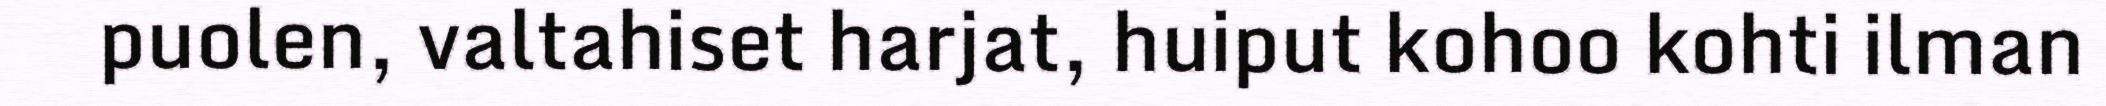
puolen, valtahiset harjat, huiput kohoo kohti ilman